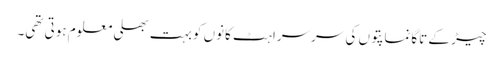
چیڑ کے تاگانماپتوں کی سرسراہٹ کانوں کوبہت بھلی معلوم ہوتی تھی۔